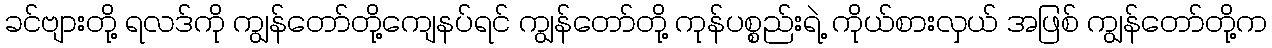
ခင်ဗျားတို့ ရလဒ်ကို ကျွန်တော်တို့ကျေနပ်ရင် ကျွန်တော်တို့ ကုန်ပစ္စည်းရဲ့ ကိုယ်စားလှယ် အဖြစ် ကျွန်တော်တို့က